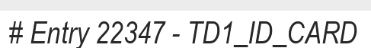
# Entry 22347 - TD1_ID_CARD